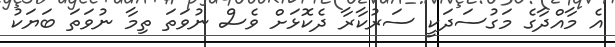
އެ މާއްދާގެ މަގުސަދަކީ ސަރުކާރާ ދެކޮޅަށް ވެސް ނުވަތަ ތިމާ ނުވަތަ ބަޔަކު